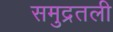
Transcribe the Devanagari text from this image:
समुद्रतली